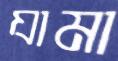
যামা